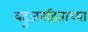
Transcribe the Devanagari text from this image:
बहुजनहिताच्या